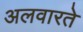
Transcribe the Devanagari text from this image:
अलवारते